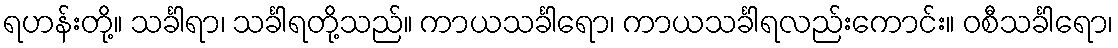
ရဟန်းတို့။ သင်္ခါရာ၊ သင်္ခါရတို့သည်။ ကာယသင်္ခါရော၊ ကာယသင်္ခါရလည်းကောင်း။ ဝစီသင်္ခါရော၊